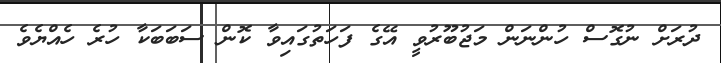
ދުރަށް ނުގޮސް ހުންނަން މަޖުބޫރުވީ އޭގެ ފަހަތުގައިވާ ކޮން ސަބަބަކާ ހުރެ ހެއްޔެވެ